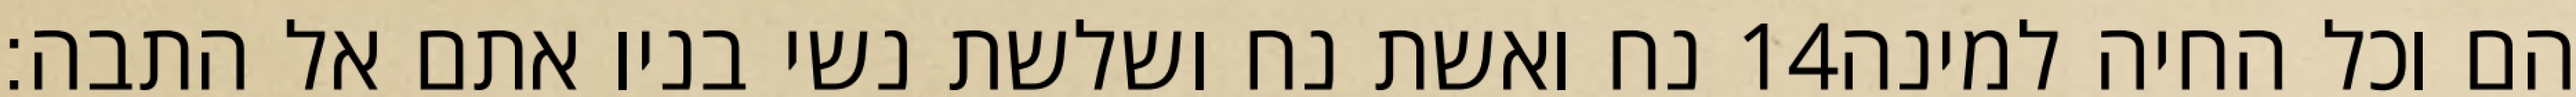
נח ואשת נח ושלשת נשי בניו אתם אל התבה׃ ‎14‏ הם וכל החיה למינה